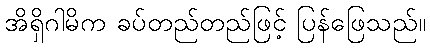
အိရှိဂါမိက ခပ်တည်တည်ဖြင့် ပြန်ဖြေသည်။